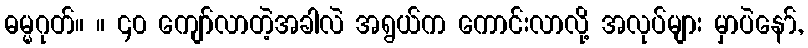
ဓမ္မဂုတ်။ ။ ၄၀ ကျော်လာတဲ့အခါလဲ အရွယ်က ကောင်းလာလို့ အလုပ်များ မှာပဲနော်,